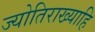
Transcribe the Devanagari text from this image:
ज्योतिराख्याहि